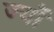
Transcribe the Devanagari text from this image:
ज्‍यौं